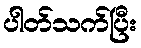
ပါတ်သက်ပြီး